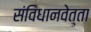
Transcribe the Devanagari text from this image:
संविधानवेत्ता